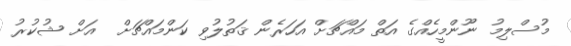
މުސްލިމު ނޫންމީހެއްގެ އަތް މައްޗަށް އަހަރެން ޤަތުލުވި ކަންމައްޗަށް  އަށް ޝުކުރު